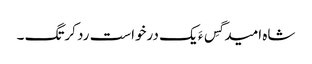
شاہ امید گِس ءَ یک درخواست رد کرتگ ۔